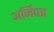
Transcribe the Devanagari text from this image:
अर्जिपत्र